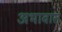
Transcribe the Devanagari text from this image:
अभावात